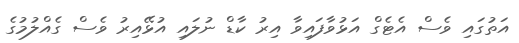
އަތުގައި ވެސް އެޓެގް އަޅުވާފައިވާ އިރު ކާޑް ނުލައި އުޅޭއިރު ވެސް ގެއްލުމުގެ